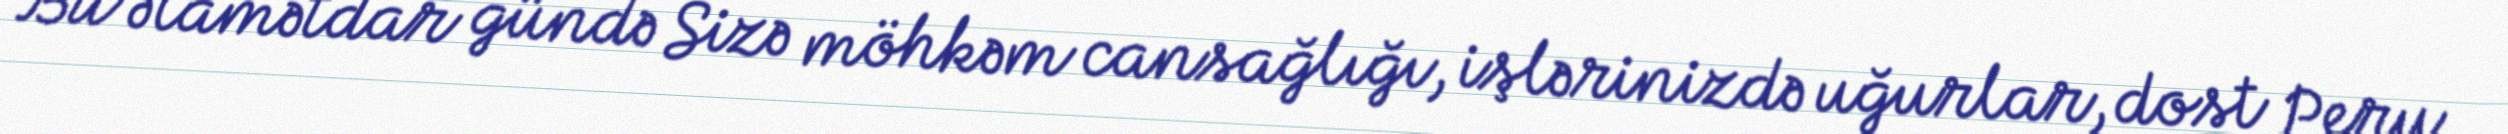
Bu əlamətdar gündə Sizə möhkəm cansağlığı, işlərinizdə uğurlar, dost Peru